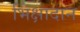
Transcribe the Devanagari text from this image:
भिक्षादान